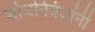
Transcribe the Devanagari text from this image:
शोधनिबंधांनी